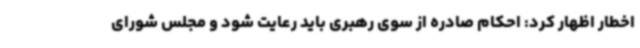
اخطار اظهار کرد: احکام صادره از سوی رهبری باید رعایت شود و مجلس شورای